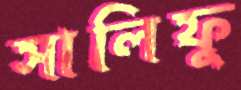
সালিফু